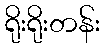
ရိုးရိုးတန်း